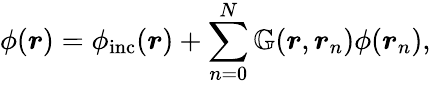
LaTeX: \phi(\boldsymbol{r})=\phi_{\mathrm{inc}}(\boldsymbol{r})+\sum_{n=0}^{N}\mathbb{G}(\boldsymbol{r},\boldsymbol{r}_{n})\phi(\boldsymbol{r}_{n}),